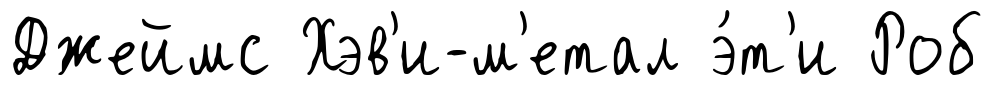
Джеймс Хэв'и-м'етал э́т'и Роб